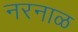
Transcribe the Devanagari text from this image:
नरनाळ